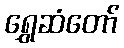
ရွှေဆံတော်